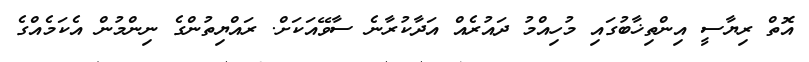
އޮތް ރިޔާސީ އިންތިޚާބުގައި މުހިއްމު ދައުރެއް އަދާކުރާނެ ސާވޭއަކަށް. ރައްޔިތުންގެ ނިންމުން އެކަމެއްގެ